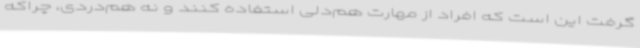
گرفت این است که افراد از مهارت هم‌دلی استفاده کنند و نه هم‌دردی، چراکه